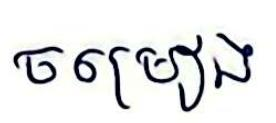
ចម្រៀង